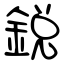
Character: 鋭